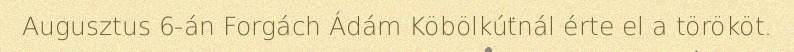
Augusztus 6-án Forgách Ádám Köbölkútnál érte el a törököt.